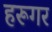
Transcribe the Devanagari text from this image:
हरूगर